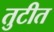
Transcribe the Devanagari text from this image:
तुटीत